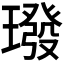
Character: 𪼠